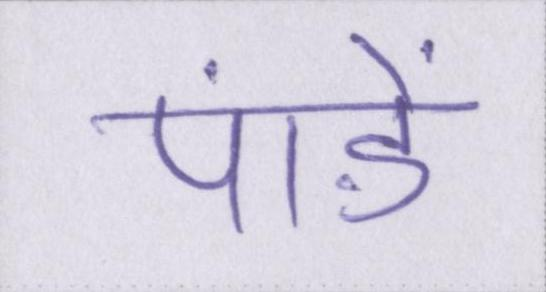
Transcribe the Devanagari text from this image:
पांडे